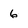
Character: 6